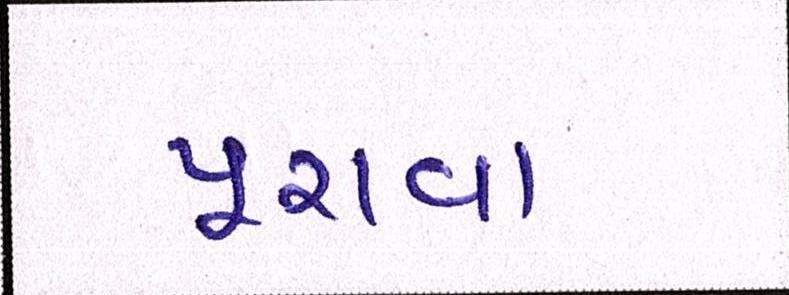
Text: પૂરાવા